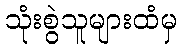
သုံးစွဲသူများထံမှ